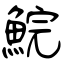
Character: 鯇